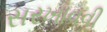
સરખાવવી